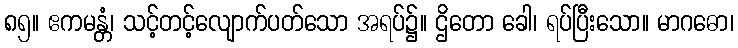
၈၅။ ဧကမန္တံ၊ သင့်တင့်လျောက်ပတ်သော အရပ်၌။ ဌိတော ခေါ၊ ရပ်ပြီးသော။ မာဂဓော၊